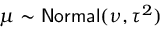
\mu \sim \mathsf { N o r m a l } ( \nu , \tau ^ { 2 } )